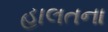
હાલતના